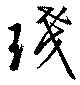
琖